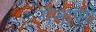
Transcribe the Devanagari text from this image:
पेगासी